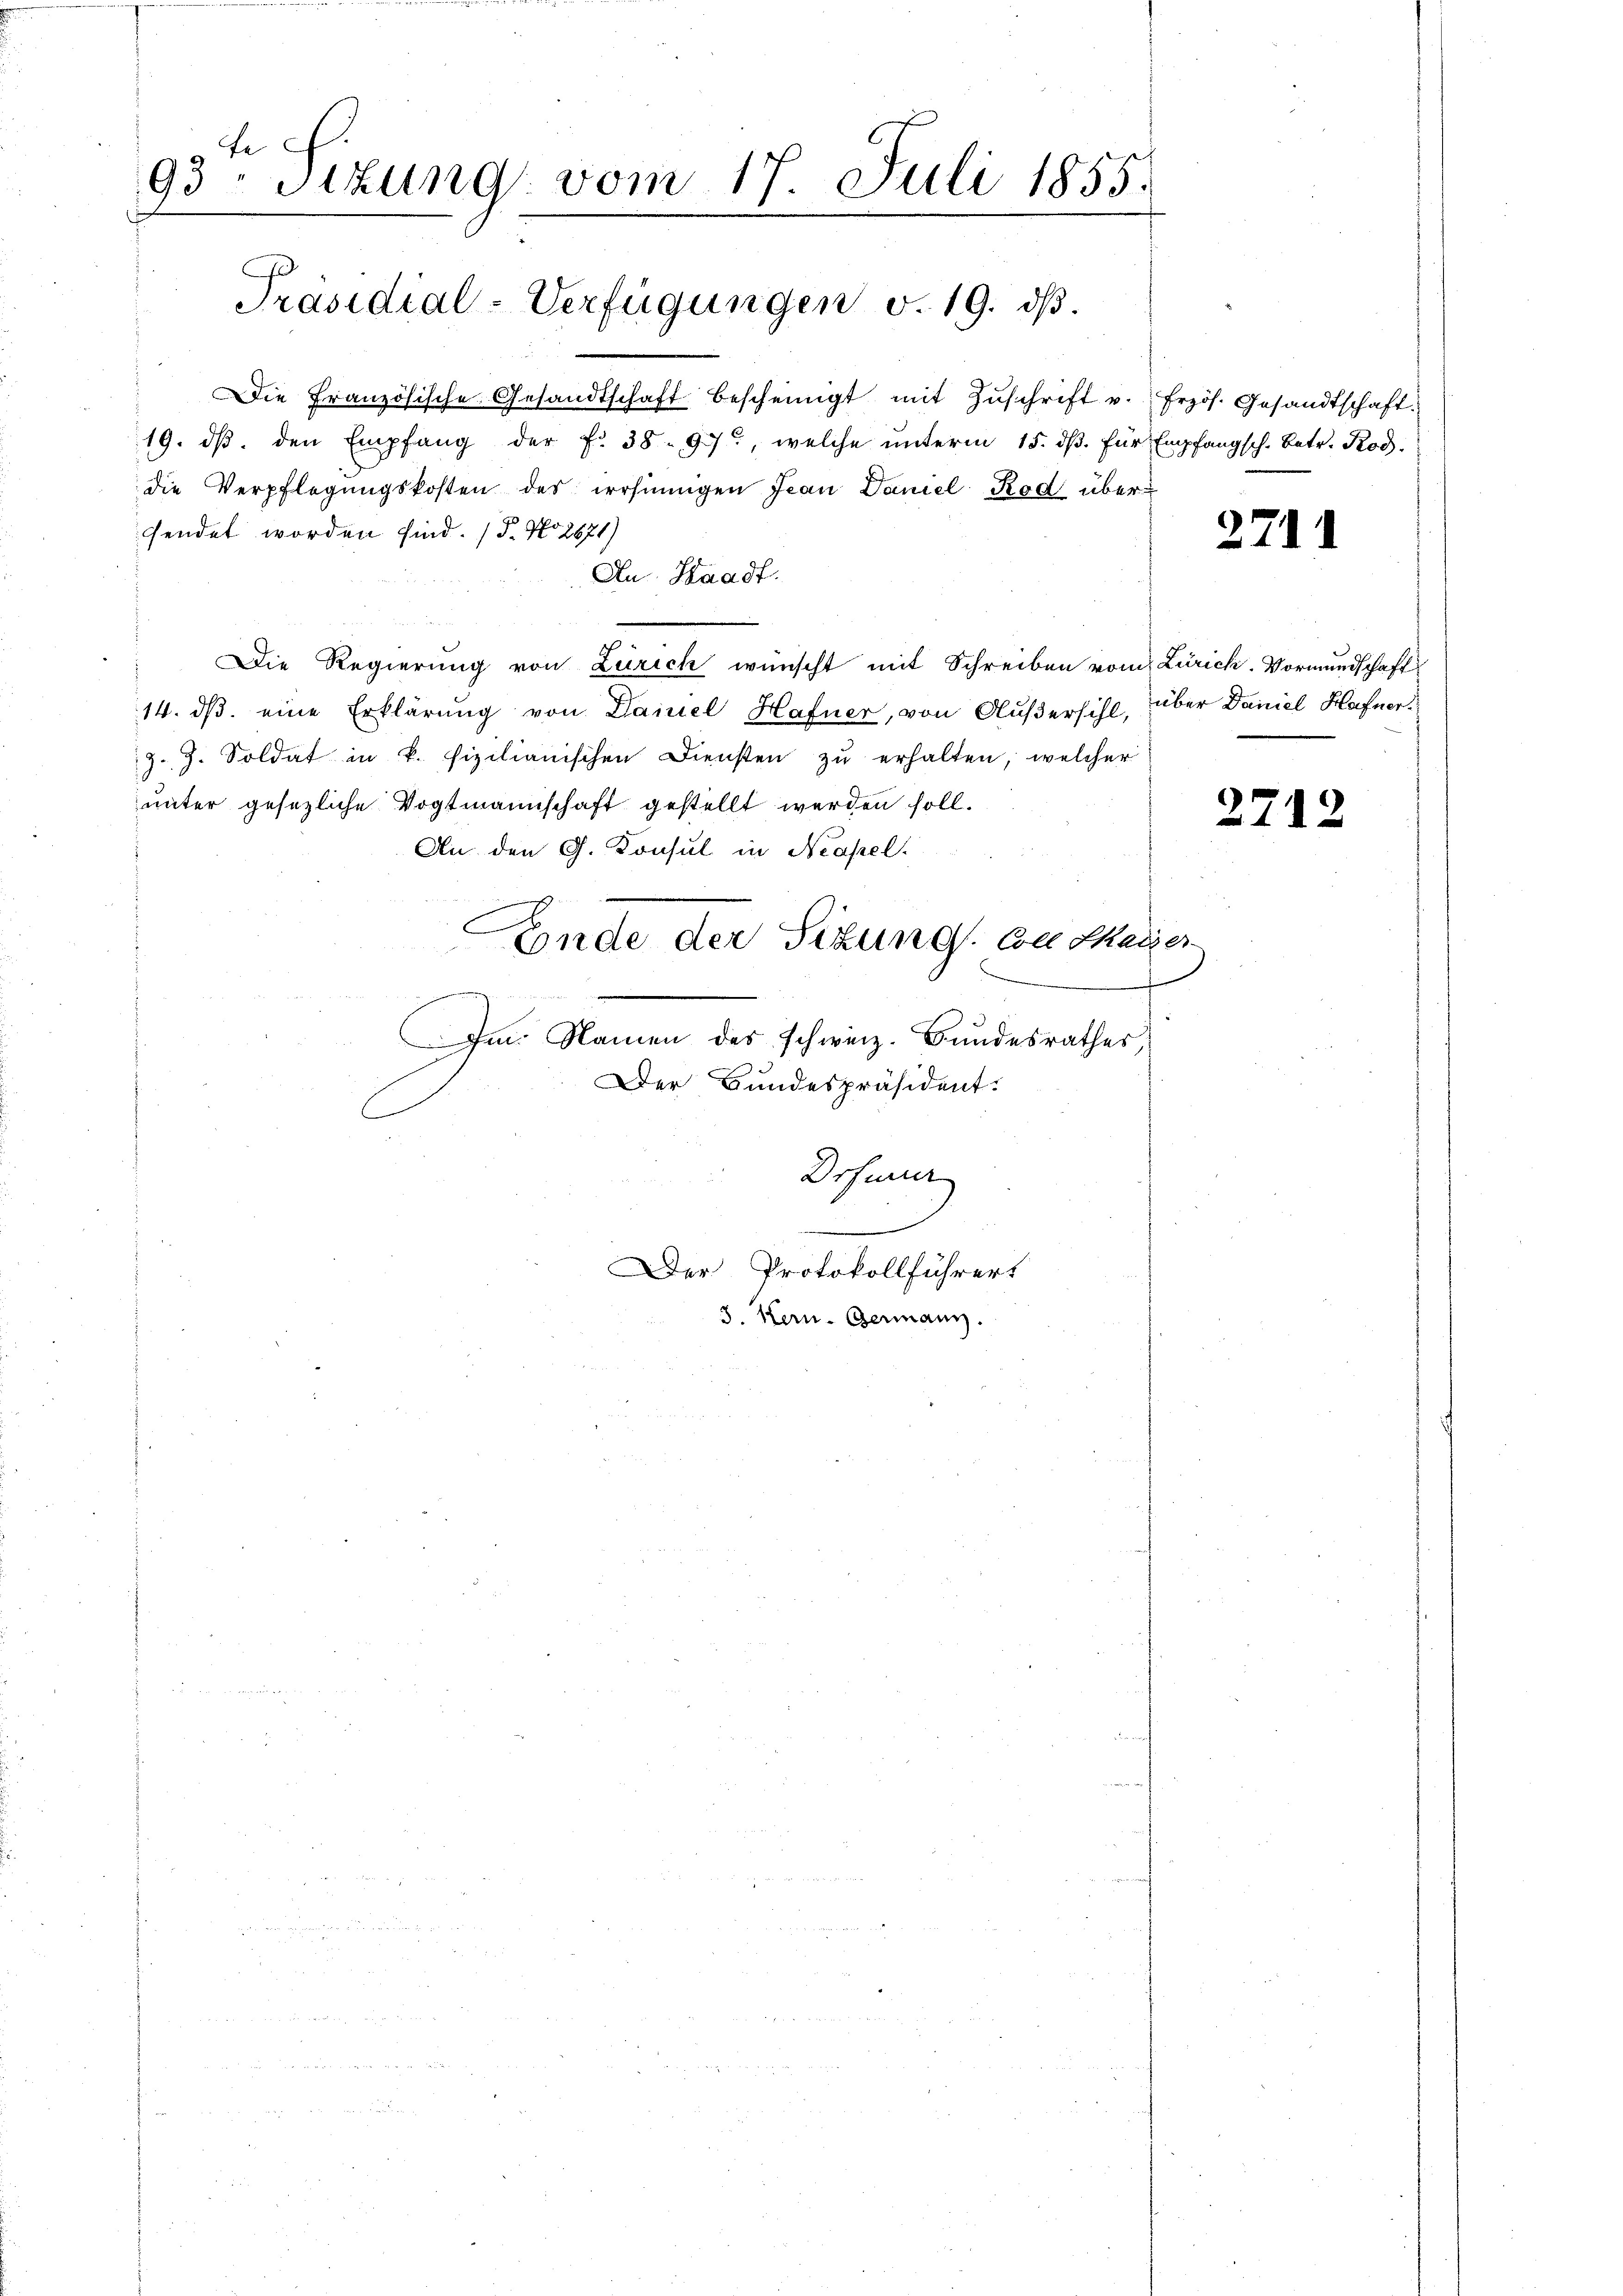
fe
93 Stzung vom 17. Juli 1855.

Präsidial-Verfügungen d. 19. ds.

Die Französische Gesandtschaft bescheinigt mit Zŭschrift v. frzös. Gesandtschaft.
19. dβ. den Empfang der f. 38 - 97, welche ŭnterm 15. dβ. für Empfangsch. Betr. Rod.
die Verpflegungskosten der irrsinnigen Jean Daniel Rod übersendet worden sind. (T. No 2671)
Au. Waadt.
Die Regierung von Zürich wünscht mit Schreiben vom Zürich. Vormundschaft
14. ds. eine Erklärung von Daniel Hafner, von Flußersihl, über Daniel Hafnerz. Z. Soldat in k. fizilianischen Diensten zŭ erhalten, welcher
unter gesezliche Vogtmannschaft gestellt werden soll.
An den G. Konsul in Neapel.
C
Eonde der Situng. Con Marier
Im Namen des schweiz. Bundesrathes,
Der Bundespräsident:
Drfurrer
Der Protokollführert

3. Kern- Germann.

2711

2712